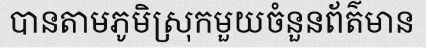
បានតាមភូមិស្រុកមួយចំនួនព័ត៌មាន